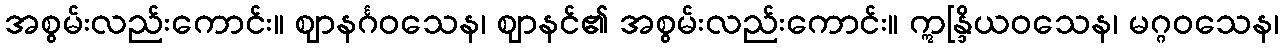
အစွမ်းလည်းကောင်း။ ဈာနင်္ဂဝသေန၊ ဈာနင်၏ အစွမ်းလည်းကောင်း။ ဣန္ဒြိယဝသေန၊ မဂ္ဂဝသေန၊